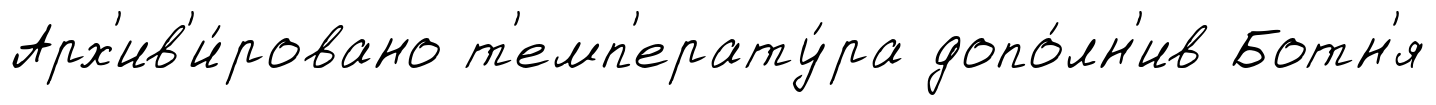
Арх'ив'и́ровано т'емп'ерату́ра допо́лн'ив Ботн'я